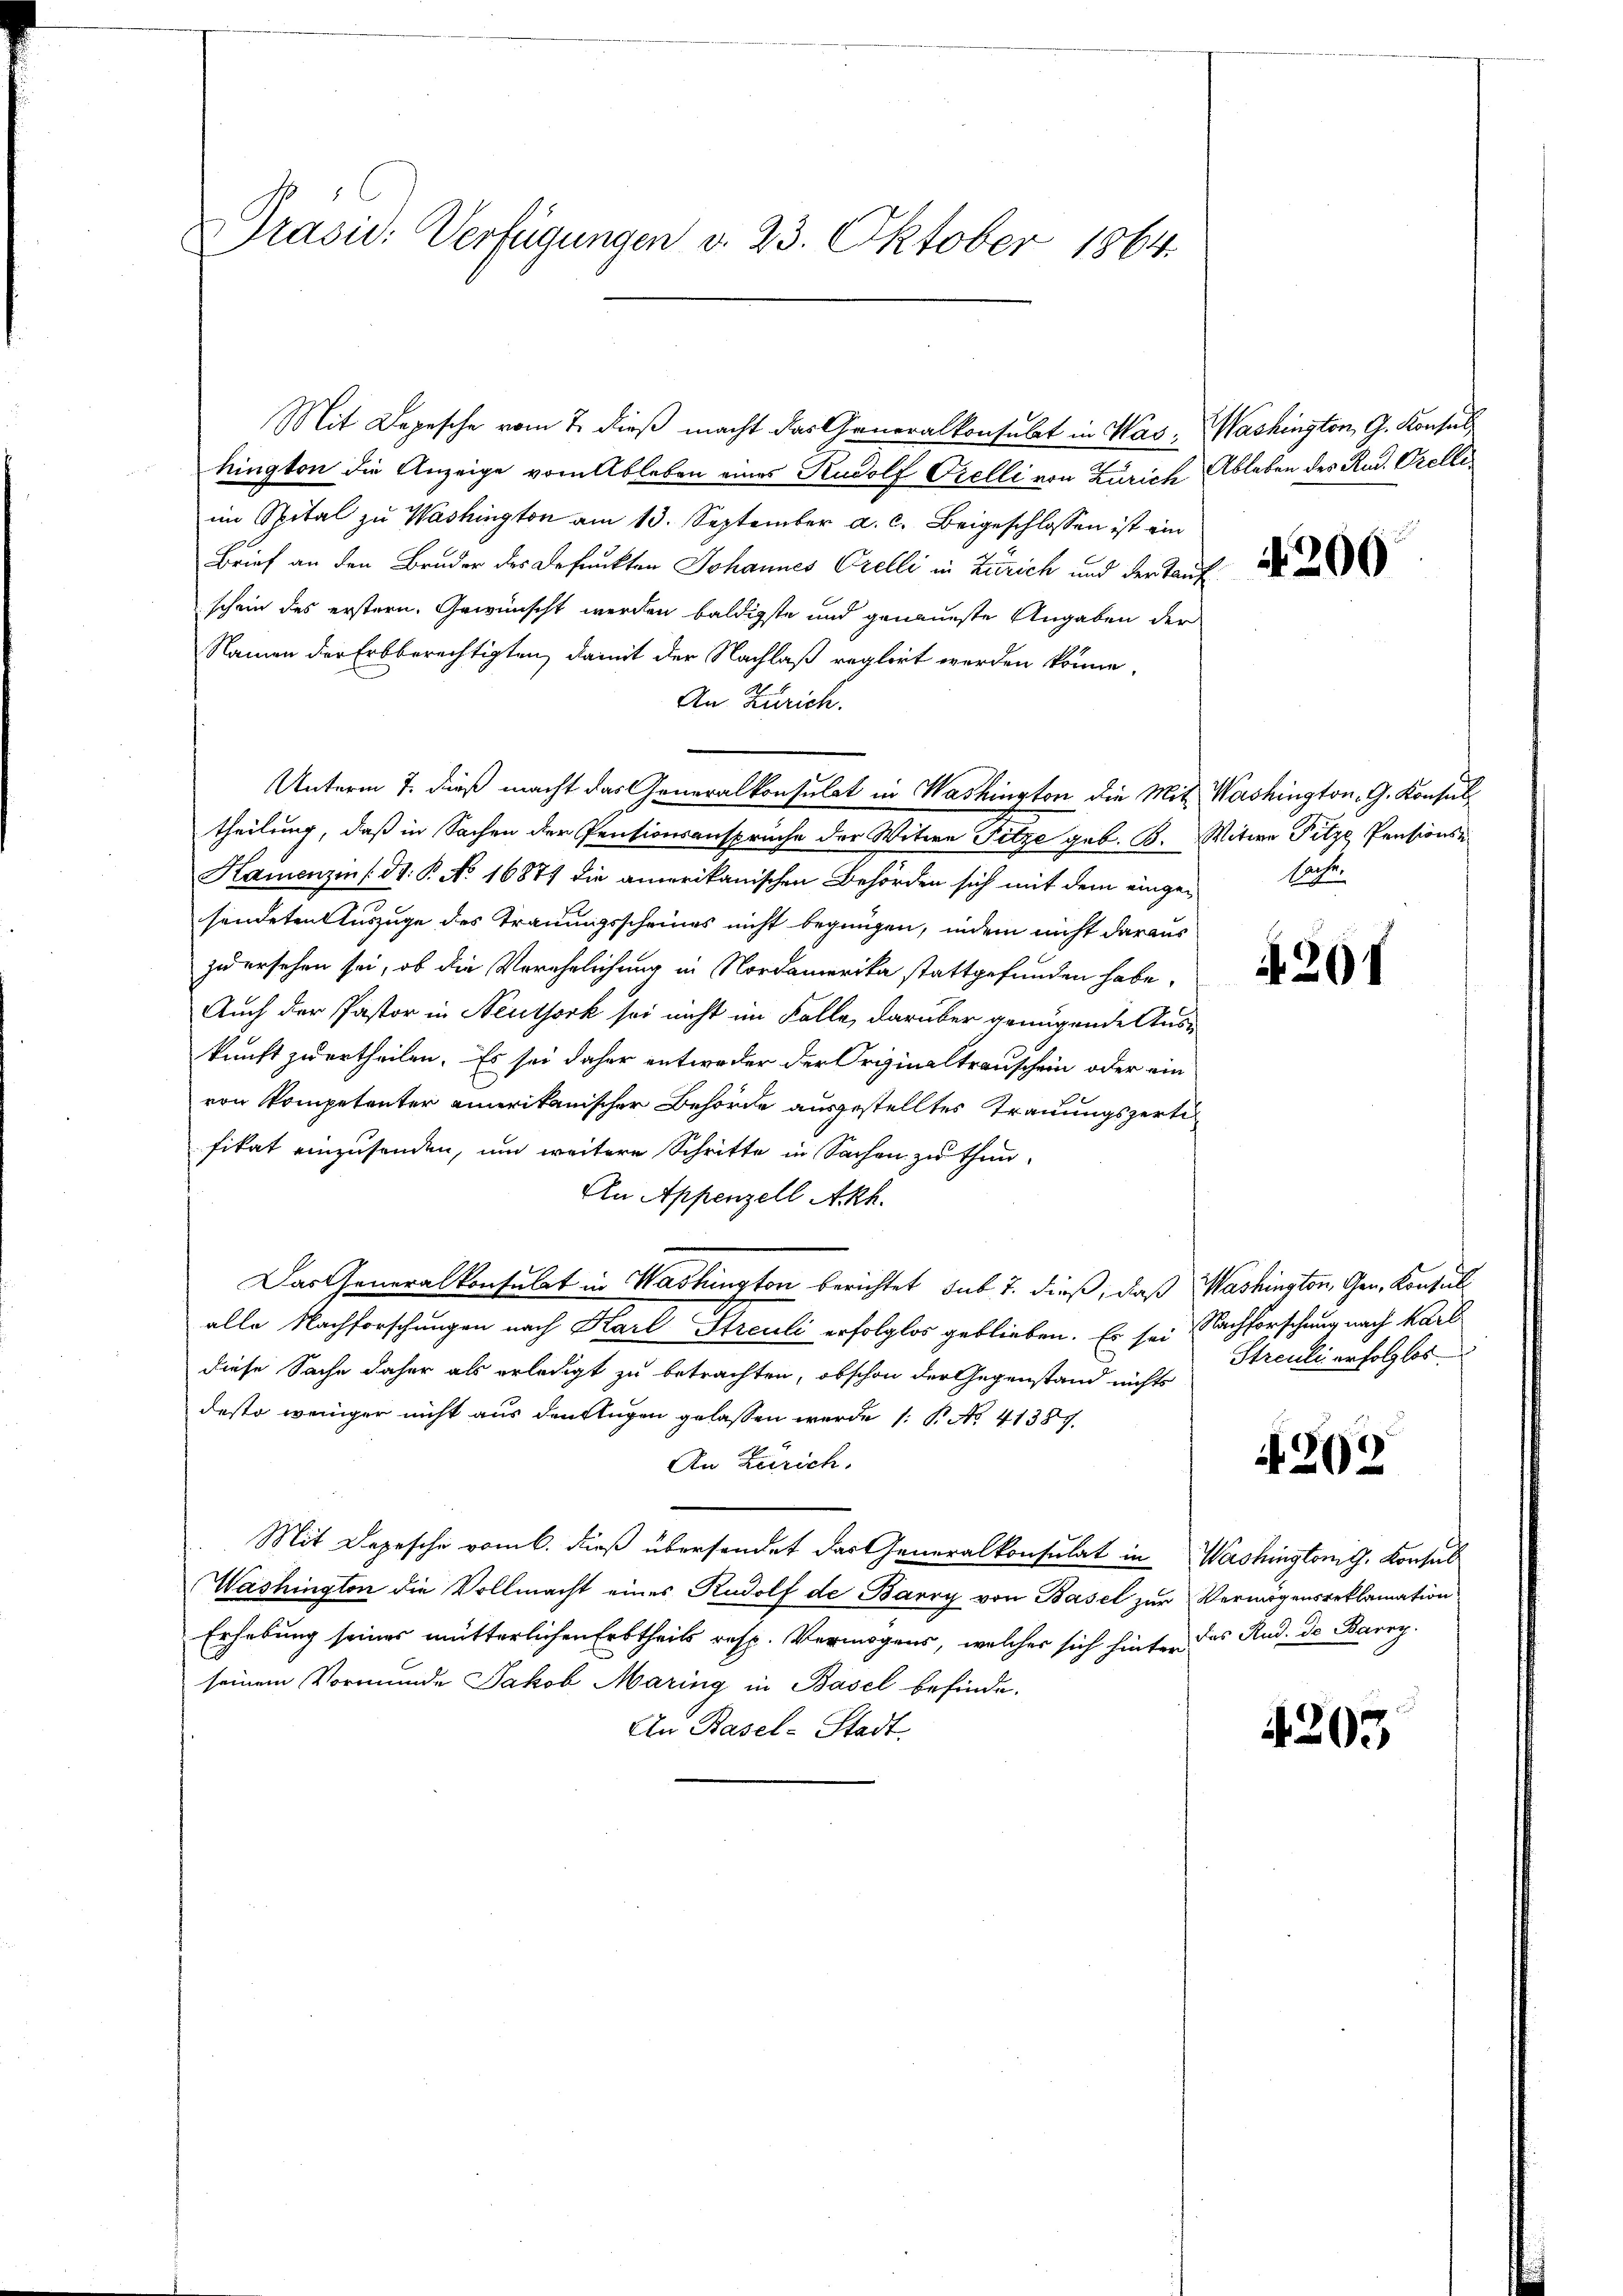
Präsid. Verfügungen d. 23. Oktober 1864.

Mit Depesche vom 7. dieß macht das Generalkonsulat in Was Washington, G. Konsulhington die Anzeige vom Ableben eines Rudolf Orelli von Zürich Ableben des Rud. Orelli
im Spital zu Washington am 13. September a. c. Beigeschlossen ist ein
Brief an den Bruder des Befunkten Johannes Orelli in Zürich und der Tauf
schein des erstern, Gewünscht werden baldigste und genaueste Angaben der
Namen der Erbberechtigten, damit der Nachlaß reglirt werden könne.
An Zürich.
Unterm 7. dieß macht das Generalkonsulat in Washington die Mit Washington. G. Konsul
theilung, daß in Sachen der Pensionsansprüche der Witwe Pitze geb. B. Witwe Fitze Pensions¬
Hamenzen (St. P. No 16874 die amerikanischen Behörden sich mit dem einge-
sendeten Auszuge des Trauungsscheines nicht begnügen, indem nicht daraus
zu ersehen sei, ob die Verehelichung in Nordamerika stattgefunden habe,
Auch der Pastor in Neuthork sei nicht im Falle, darüber genügende Auskunft zu ertheilen. Es sei daher entweder der Originaltrauschein oder ein
von Kompetenter amerikanischer Behörde ausgestelltes Trauungszerte
fikat einzusenden, um weitere Schritte in Sachen zu thun¬
An Appenzell Akh.
Das Generalkonsulat in Washington berichtet sub 7. dieß, daß Washington, Gen. Kontul
alle Nachforschungen nach Karl Streuli erfolglos geblieben. Er sei Nachforschung nach Karb
diese Sache daher als erledigt zu betrachten, obschon der Gegenstand nichts
desto weniger nicht aus den Flugen gelassen werde (: P. No. 41387.
An Zürich.
Mit Depesche vom 6. dieß übersendet das Generalkonsulat in Washingtonig, Konsul
Washington die Vollmacht eines Rudolf de Barry von Basel zur Vermögensreklamation
Erhebung seines mutterlichen Erbtheils resp. Vermögens, welcher sich hinter das Rud. d. Barry
seinem Vormunde Jakob Maring in Basel befinde.
An Basel-Stadt.

4206

Sachen

207

Streuli erfolglos

4202

4203